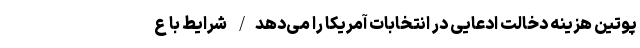
پوتین هزینه دخالت ادعایی در انتخابات آمریکا را می‌دهد/ شرایط با ع